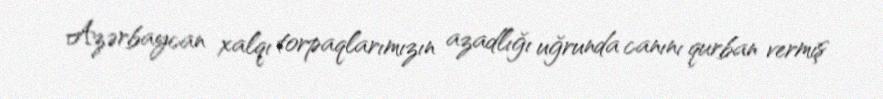
Azərbaycan xalqı torpaqlarımızın azadlığı uğrunda canını qurban vermiş